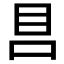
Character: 𰥏